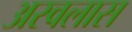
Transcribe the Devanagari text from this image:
अस्वलास